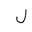
Letter: _lam